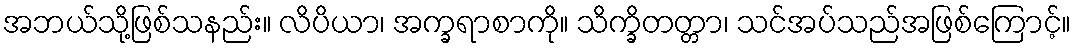
အဘယ်သို့ဖြစ်သနည်း။ လိပိယာ၊ အက္ခရာစာကို။ သိက္ခိတတ္တာ၊ သင်အပ်သည်အဖြစ်ကြောင့်။